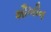
શૌખીન